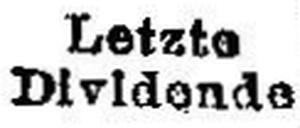
Dividende